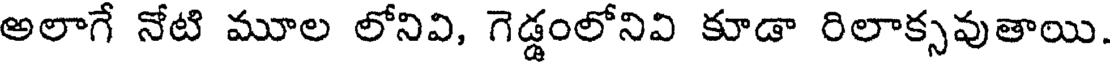
అలాగే నోటి మూల లోనివి, గెడ్డంలోనివి కూడా రిలాక్సవుతాయి.